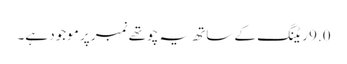
9.0 ریٹنگ کے ساتھ یہ چوتھے نمبر پر موجود ہے۔